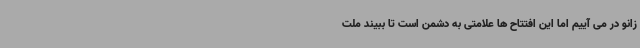
زانو در می آییم اما این افتتاح ها علامتی به دشمن است تا ببیند ملت